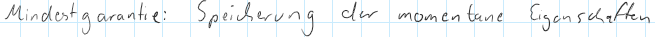
Mindestgarantie: Speicherung der momentane Eigenschaften